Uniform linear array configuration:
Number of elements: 12
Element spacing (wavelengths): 1
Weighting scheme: exponential
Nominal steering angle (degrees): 60
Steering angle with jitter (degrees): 60.006
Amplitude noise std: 0.05
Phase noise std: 0.05

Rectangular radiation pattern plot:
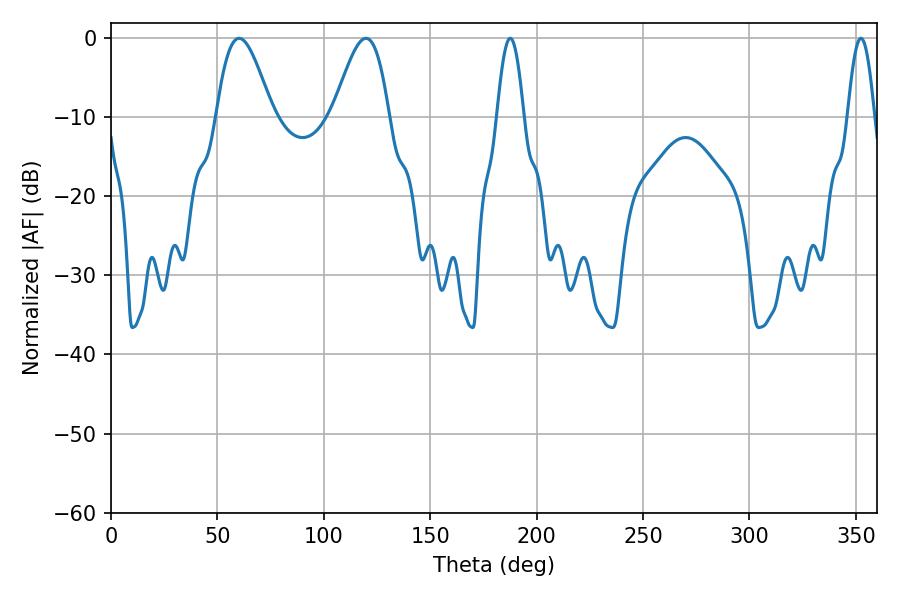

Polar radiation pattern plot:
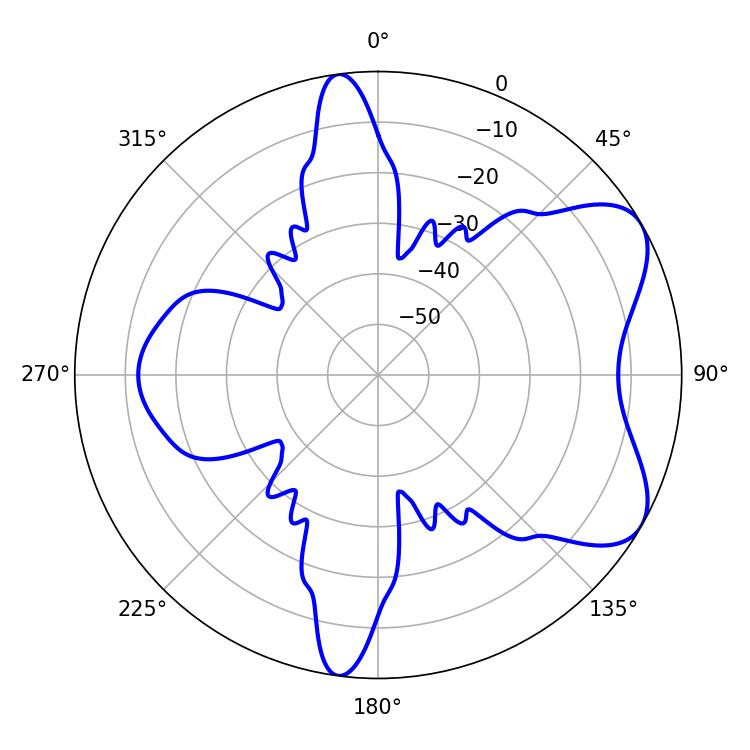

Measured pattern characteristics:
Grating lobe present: TRUE
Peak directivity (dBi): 6.555
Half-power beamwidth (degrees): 14.04
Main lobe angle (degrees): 60.12